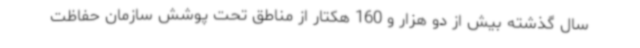
سال گذشته بیش از دو هزار و 160 هکتار از مناطق تحت پوشش سازمان حفاظت